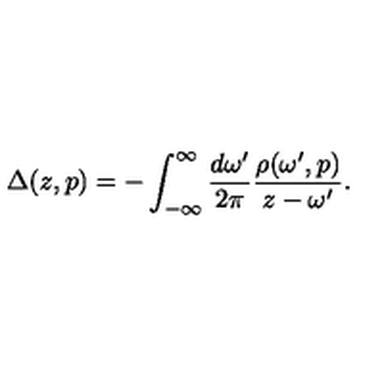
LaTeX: \Delta ( z , p ) = - \int _ { - \infty } ^ { \infty } \frac { d \omega ^ { \prime } } { 2 \pi } \frac { \rho ( \omega ^ { \prime } , p ) } { z - \omega ^ { \prime } } .